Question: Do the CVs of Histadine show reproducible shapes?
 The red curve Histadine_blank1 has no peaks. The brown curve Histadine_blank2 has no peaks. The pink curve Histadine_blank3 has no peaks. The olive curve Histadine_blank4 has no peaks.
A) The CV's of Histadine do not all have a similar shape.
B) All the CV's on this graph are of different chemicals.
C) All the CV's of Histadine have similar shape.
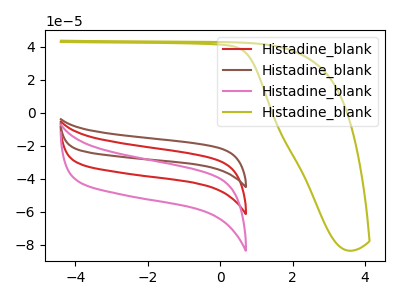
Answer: <think>Neither "Histadine_blank1" or "Histadine_blank2" have any peaks. Neither "Histadine_blank1" or "Histadine_blank3" have any peaks. Neither "Histadine_blank1" or "Histadine_blank4" have any peaks. Neither "Histadine_blank2" or "Histadine_blank3" have any peaks. Neither "Histadine_blank2" or "Histadine_blank4" have any peaks. Neither "Histadine_blank3" or "Histadine_blank4" have any peaks.
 </think>
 <answer>C) All the CV's of "Histadine" have similar shape.</answer>
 <eval>C</eval>